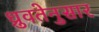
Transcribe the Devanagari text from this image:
ध्रुवतेनुसार